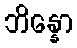
ဘိန္နော